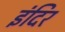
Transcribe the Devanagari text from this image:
इंदिर